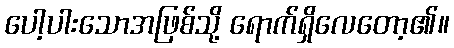
ပေါ့ပါးသောအဖြစ်သို့ ရောက်ရှိလေတော့၏။